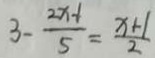
3 - \frac { 2 x - 1 } { 5 } = \frac { x + 1 } { 2 }